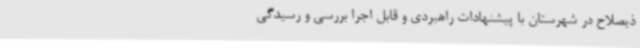
ذیصلاح در شهرستان با پیشنهادات راهبردی و قابل اجرا بررسی و رسیدگی